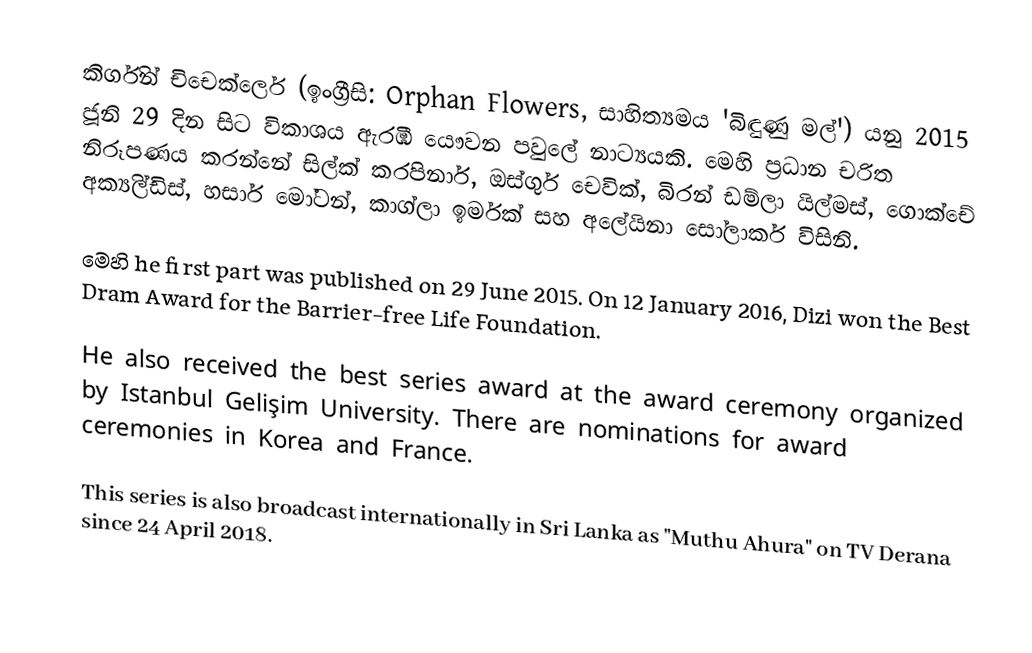
කිර්ගින් චිචෙක්ලෙර් (ඉංග්‍රීසි: Orphan Flowers, සාහිත්‍යමය 'බිඳුණු මල්') ‍යනු 2015 ජූනි 29 දින සිට විකාශය ඇරඹි යෞවන පවුලේ නාට්‍යයකි. මෙහි ප්‍රධාන චරිත නිරූපණය කරන්නේ සිල්ක් කරපිනාර්, ඔස්ගුර් චෙවික්, බිරන් ඩම්ලා යිල්මස්, ගොක්‍චේ අක්‍යිල්ඩිස්, හසාර් මෝටන්, කාග්ලා ඉර්මක් සහ අලේයිනා සෝලාකර් විසිනි.

මෙහි he first part was published on 29 June 2015. On 12 January 2016, Dizi won the Best Dram Award for the Barrier-free Life Foundation.

He also received the best series award at the award ceremony organized by Istanbul Gelişim University. There are nominations for award ceremonies in Korea and France.

This series is also broadcast internationally in Sri Lanka as "Muthu Ahura" on TV Derana since 24 April 2018.